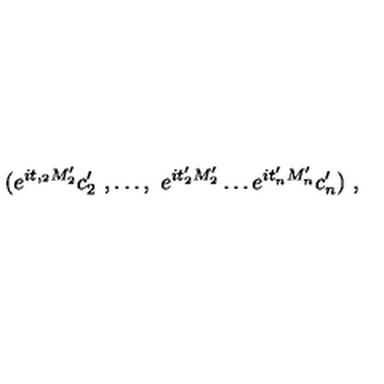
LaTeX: ( e ^ { i t , _ { 2 } M _ { 2 } ^ { \prime } } c _ { 2 } ^ { \prime } \ , \ldots , \ e ^ { i t _ { 2 } ^ { \prime } M _ { 2 } ^ { \prime } } \ldots e ^ { i t _ { n } ^ { \prime } M _ { n } ^ { \prime } } c _ { n } ^ { \prime } ) \ ,